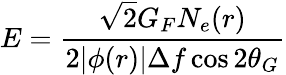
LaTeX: E=\frac{\sqrt{2}G_{F}N_{e}(r)}{2|\phi(r)|\Delta f\cos 2\theta_{G}}